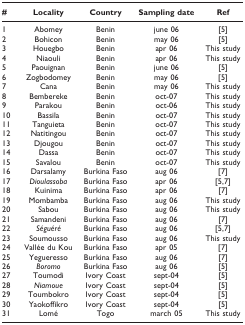
| # | Locality | Country | Sampling date | Ref |
 | --- | --- | --- | --- | --- |
 | 1 | Abomey | Benin | june 06 | [5] |
 | 2 | Bohicon | Benin | may 06 | [5] |
 | 3 | Houegbo | Benin | apr 06 | This study |
 | 4 | Niaouli | Benin | apr 06 | This study |
 | 5 | Paouignan | Benin | june 06 | [5] |
 | 6 | Zogbodomey | Benin | may 06 | [5] |
 | 7 | Cana | Benin | may 06 | This study |
 | 8 | Bembereke | Benin | oct-07 | This study |
 | 9 | Parakou | Benin | oct-06 | This study |
 | 10 | Bassila | Benin | oct-07 | This study |
 | 11 | Tanguieta | Benin | oct-07 | This study |
 | 12 | Natitingou | Benin | oct-07 | This study |
 | 13 | Djougou | Benin | oct-07 | This study |
 | 14 | Dassa | Benin | oct-07 | This study |
 | 15 | Savalou | Benin | oct-07 | This study |
 | 16 | Darsalamy | Burkina Faso | aug 06 | [7] |
 | 17 | Dioulassoba | Burkina Faso | apr 06 | [5,7] |
 | 18 | Kuinima | Burkina Faso | apr 06 | [7] |
 | 19 | Mombamba | Burkina Faso | aug 06 | This study |
 | 20 | Sabou | Burkina Faso | aug 06 | This study |
 | 21 | Samandeni | Burkina Faso | aug 06 | [7] |
 | 22 | Séguéré | Burkina Faso | aug 06 | [5,7] |
 | 23 | Soumousso | Burkina Faso | aug 06 | This study |
 | 24 | Vallée du Kou | Burkina Faso | apr 05 | [7] |
 | 25 | Yegueresso | Burkina Faso | aug 06 | [7] |
 | 26 | Boromo | Burkina Faso | aug 06 | [5] |
 | 27 | Toumodi | Ivory Coast | sept-04 | [5] |
 | 28 | Niamoue | Ivory Coast | sept-04 | [5] |
 | 29 | Toumbokro | Ivory Coast | sept-04 | [5] |
 | 30 | Yaokoffikro | Ivory Coast | sept-04 | [5] |
 | 31 | Lomé | Togo | march 05 | This study |